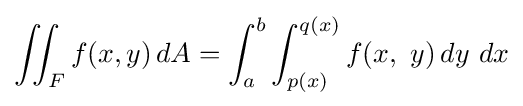
\iint _{F}f(x,y)\,dA=\int _{a}^{b}\int _{p(x)}^{q(x)}f(x,\ y)\,dy\ dx